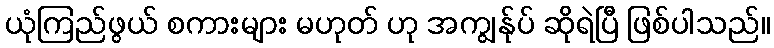
ယုံကြည်ဖွယ် စကားများ မဟုတ် ဟု အကျွန်ုပ် ဆိုရဲပြီ ဖြစ်ပါသည်။